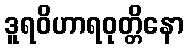
ဒူရဝိဟာရဝုတ္တိနော